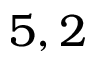
5 , 2